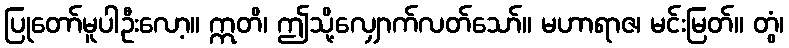
ပြုတော်မူပါဦးလော့။ ဣတိ၊ ဤသို့လျှောက်လတ်သော်။ မဟာရာဇ၊ မင်းမြတ်။ တွံ၊